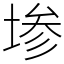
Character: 𫮅